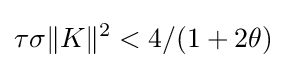
\tau \sigma \lVert K\rVert ^{2}<4/(1+2\theta )